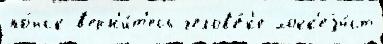
по́иск в'ерн'и́т'есь челов'е́к'е хокк'еjи́ст